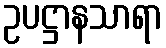
ဥပဋ္ဌာနသာရာ